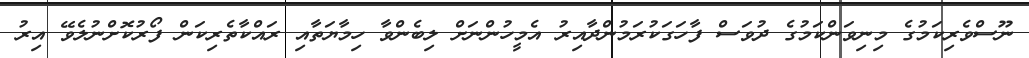
ނޫސްވެރިކަމުގެ މިނިވަންކަމުގެ ދުވަސް ފާހަގަކުރަމުންދާއިރު އެމީހުންނަށް ލިބެންވާ ހިމާޔަތާއި ރައްކާތެރިކަން ފޯރުކޮށްނުލެވޭ އިރު